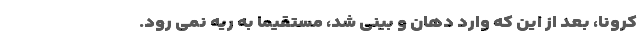
کرونا، بعد از این که وارد دهان و بینی شد، مستقیماً به ریه نمی رود.